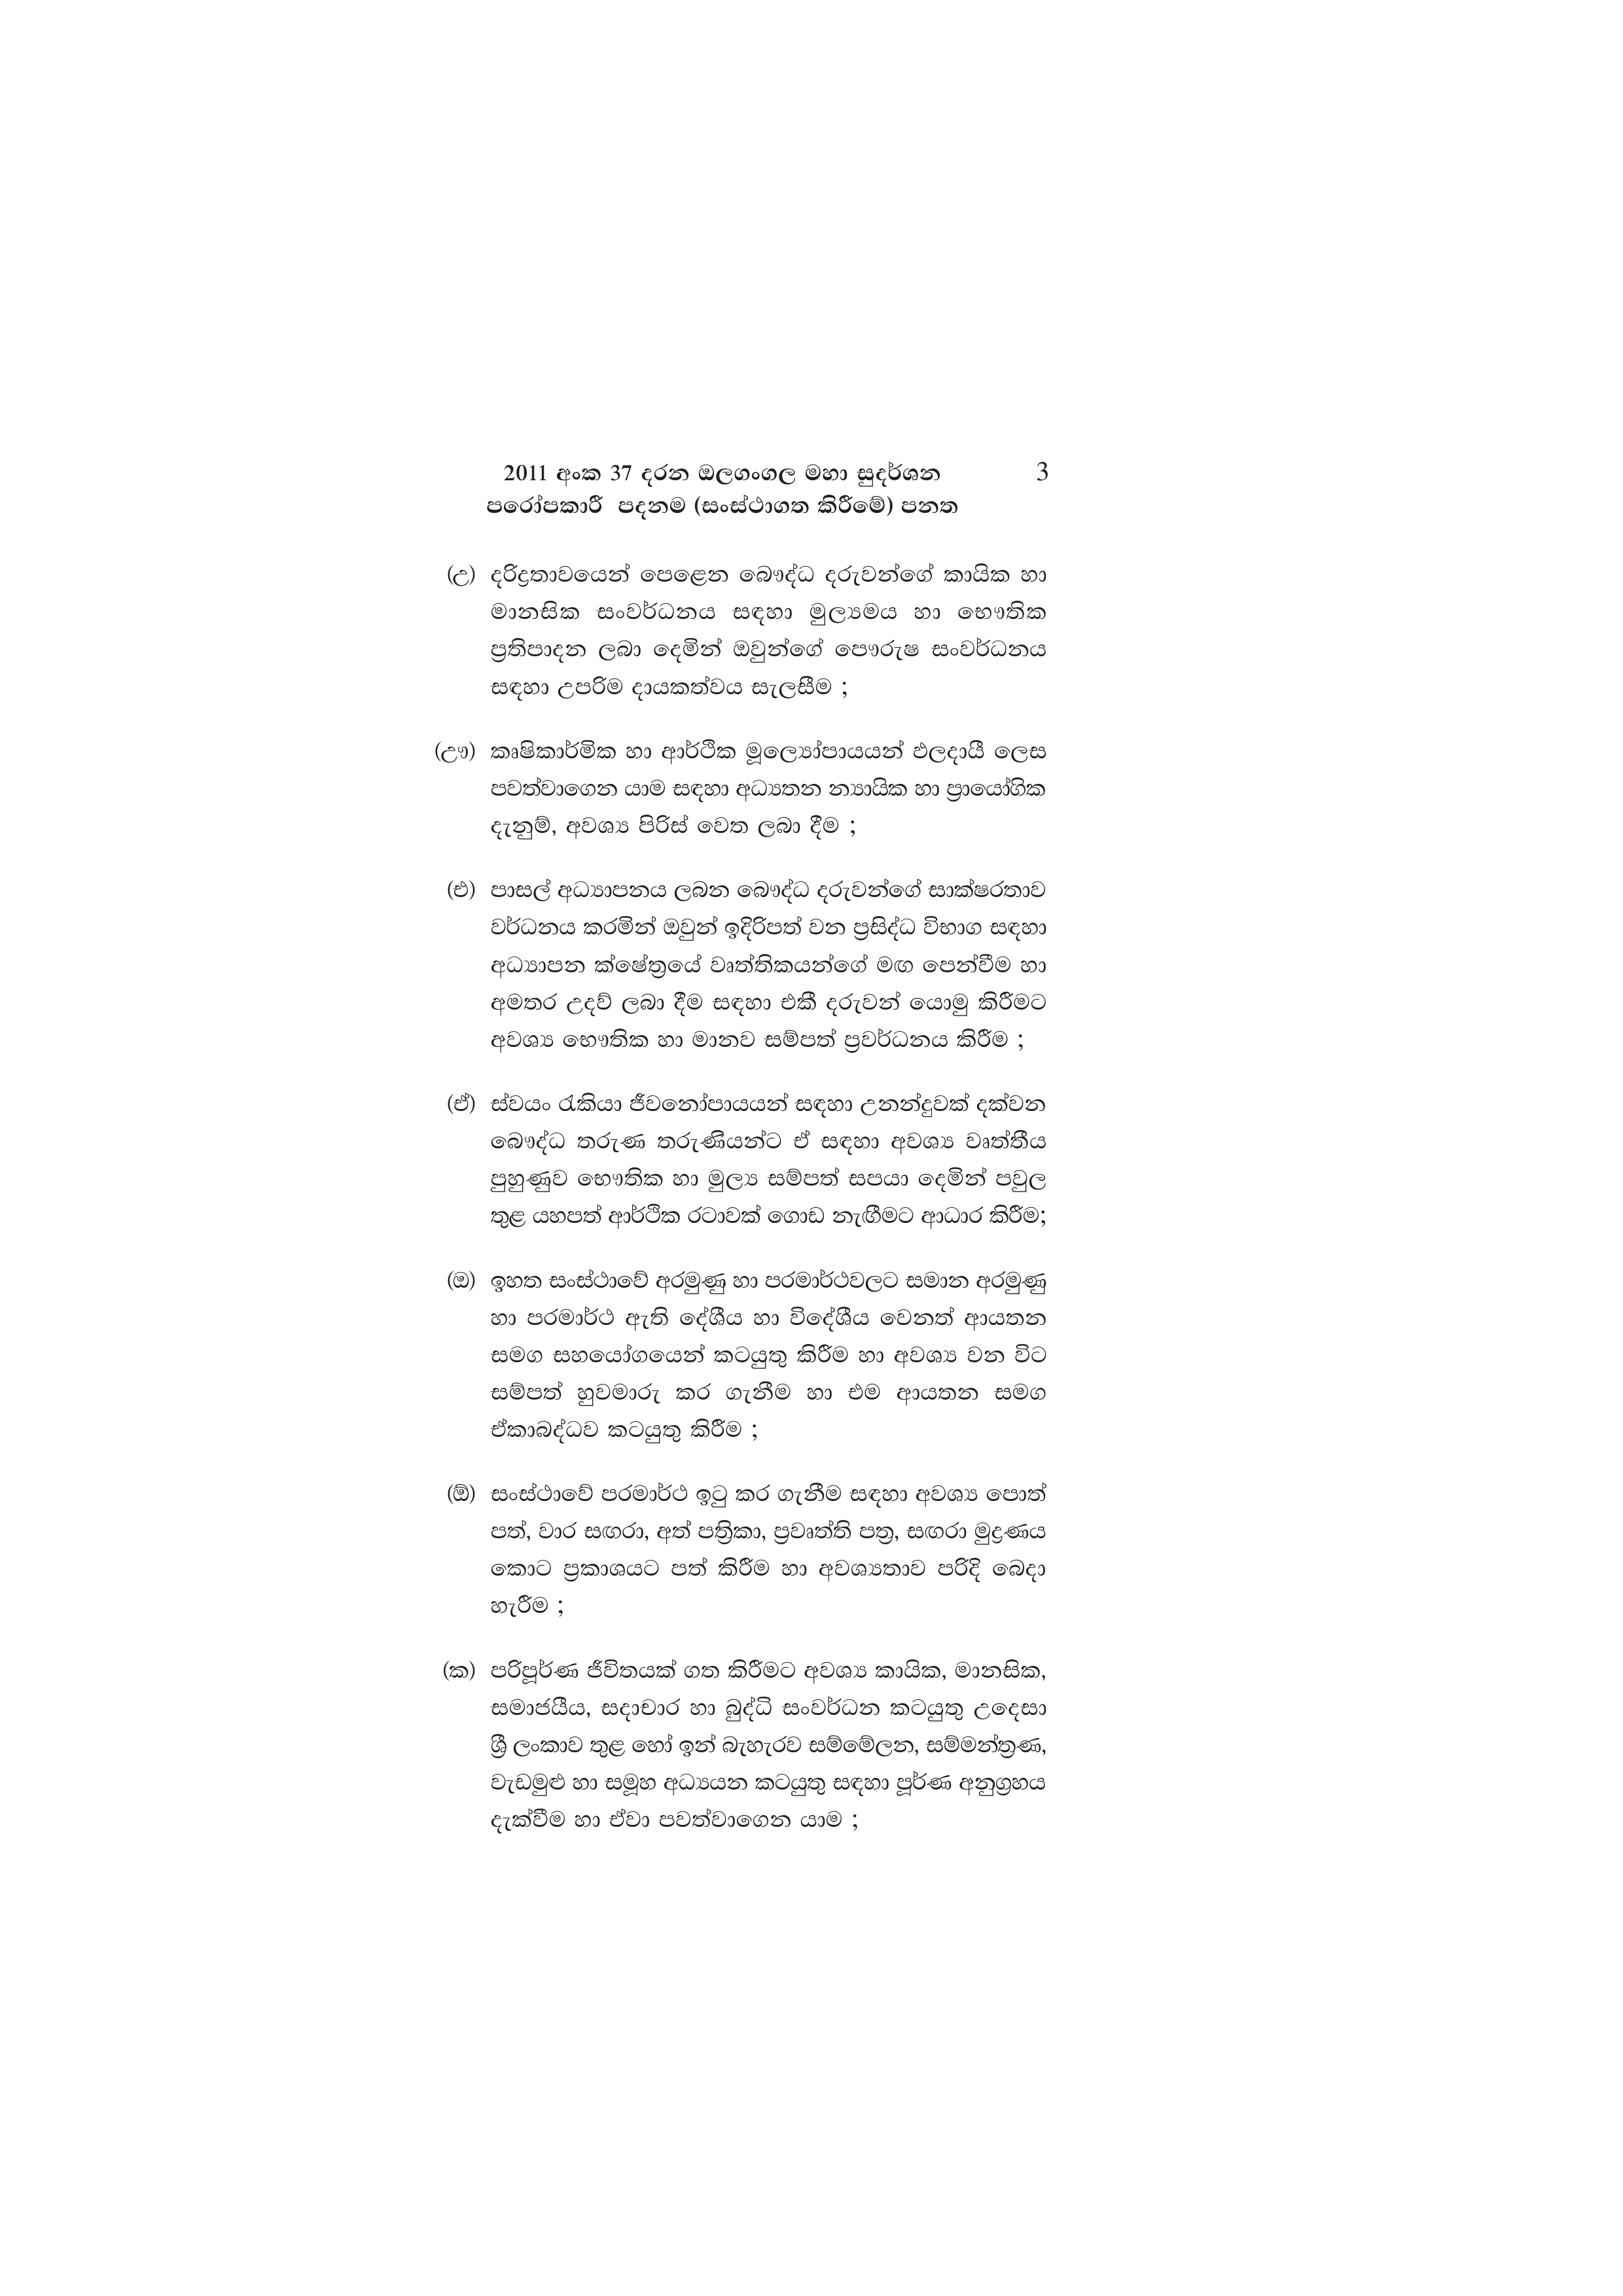
2011 අංක 37 දරන ඔලගංගල මහා සුදර්ශන 3
පරෝපකාරී පදනම (සංස්ථාගත කිරීමේ) පනත

(උ) දරිද්‍රතාවයෙන් පෙළෙන බෞද්ධ දරුවන්ගේ කායික හා
මානසික සංවර්ධනය සඳහා මුල්‍යමය හා භෞතික
ප්‍රතිපාදන ලබා දෙමින් ඔවුන්ගේ පෞරුෂ සංවර්ධනය
සඳහා උපරිම දායකත්වය සැලසීම ;

(ඌ) කෘෂිකාර්මික හා ආර්ථික මූලෝපායයන් ඵලදායී ලෙස
පවත්වාගෙන යාම සඳහා අධ්‍යතන න්‍යායික හා ප්‍රායෝගික
දැනුම්, අවශ්‍ය පිරිස් වෙත ලබා දීම ;

(එ) පාසල් අධ්‍යාපනය ලබන බෞද්ධ දරුවන්ගේ සාක්ෂරතාව
වර්ධනය කරමින් ඔවුන් ඉදිරිපත් වන ප්‍රසිද්ධ විභාග සඳහා
අධ්‍යාපන ක්ෂේත්‍රයේ වෘත්තිකයන්ගේ මඟ පෙන්වීම හා
අමතර උදව් ලබා දීම සඳහා එකී දරුවන් යොමු කිරීමට
අවශ්‍ය භෞතික හා මානව සම්පත් ප්‍රවර්ධනය කිරීම ;

(ඒ) ස්වයං රැකියා ජීවනෝපායයන් සඳහා උනන්දුවක් දක්වන
බෞද්ධ තරුණ තරුණියන්ට ඒ සඳහා අවශ්‍ය වෘත්තීය
පුහුණුව භෞතික හා මුල්‍ය සම්පත් සපයා දෙමින් පවුල
තුළ යහපත් ආර්ථික රටාවක් ගොඩ නැඟීමට ආධාර කිරීම;

(ඔ) ඉහත සංස්ථාවේ අරමුණු හා පරමාර්ථවලට සමාන අරමුණු
හා පරමාර්ථ ඇති දේශීය හා විදේශීය වෙනත් ආයතන
සමග සහයෝගයෙන් කටයුතු කිරීම හා අවශ්‍ය වන විට
සම්පත් හුවමාරු කර ගැනීම හා එම ආයතන සමග
ඒකාබද්ධව කටයුතු කිරීම ;

(ඕ) සංස්ථාවේ පරමාර්ථ ඉටු කර ගැනීම සඳහා අවශ්‍ය පොත්
පත්, වාර සඟරා, අත් පත්‍රිකා, ප්‍රවෘත්ති පත්‍ර, සඟරා මුද්‍රණය
කොට ප්‍රකාශයට පත් කිරීම හා අවශ්‍යතාව පරිදි බෙදා
හැරීම ;

(ක) පරිපූර්ණ ජීවිතයක් ගත කිරීමට අවශ්‍ය කායික, මානසික,
සමාජයීය, සදාචාර හා බුද්ධි සංවර්ධන කටයුතු උදෙසා
ශ්‍රී ලංකාව තුළ හෝ ඉන් බැහැරව සම්මේලන, සම්මන්ත්‍රණ,
වැඩමුළු හා සමූහ අධ්‍යයන කටයුතු සඳහා පූර්ණ අනුග්‍රහය
දැක්වීම හා ඒවා පවත්වාගෙන යාම ;